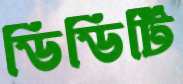
ডিডিটি